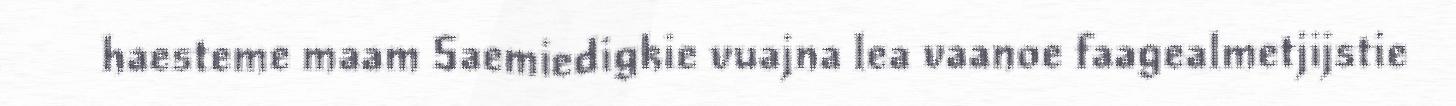
haesteme maam Saemiedigkie vuajna lea vaanoe faagealmetjijstie